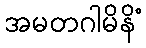
အမတဂါမိနိံ